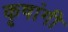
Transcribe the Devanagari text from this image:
कृषांगी